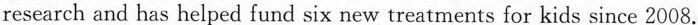
research and has helped fund six new treatments for kids since 2008.